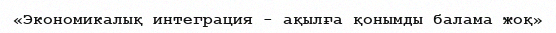
«Экономикалық интеграция - ақылға қонымды балама жоқ»